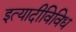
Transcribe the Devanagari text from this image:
इत्यादीविविध